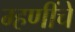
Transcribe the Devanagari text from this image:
म्हणींचे